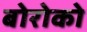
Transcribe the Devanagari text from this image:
बोरोको